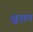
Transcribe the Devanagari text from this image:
क्षुक्षम